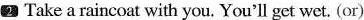
2 Take a raincoat with you. You'll get wet. (or)